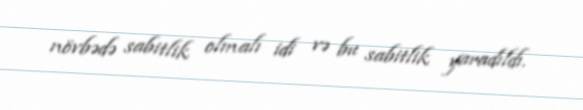
növbədə sabitlik olmalı idi və bu sabitlik yaradıldı.